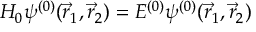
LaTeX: H _ { 0 } \psi ^ { ( 0 ) } ( { \vec { r } } _ { 1 } , { \vec { r } } _ { 2 } ) = E ^ { ( 0 ) } \psi ^ { ( 0 ) } ( { \vec { r } } _ { 1 } , { \vec { r } } _ { 2 } )